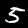
Digit: 5